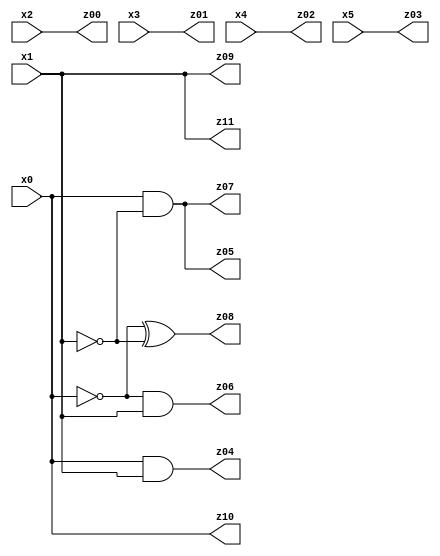
// Benchmark "X_19" written by ABC on Fri Jun 02 03:24:27 2023

module X_69 ( 
    x0, x1, x2, x3, x4, x5,
    z00, z01, z02, z03, z04, z05, z06, z07, z08, z09, z10, z11  );
  input  x0, x1, x2, x3, x4, x5;
  output z00, z01, z02, z03, z04, z05, z06, z07, z08, z09, z10, z11;
  assign z00 = x2;
  assign z01 = x3;
  assign z02 = x4;
  assign z03 = x5;
  assign z04 = x0 & x1;
  assign z05 = x0 & ~x1;
  assign z06 = ~x0 & x1;
  assign z07 = x0 & ~x1;
  assign z08 = ~x0 ^ ~x1;
  assign z09 = x1;
  assign z10 = x0;
  assign z11 = x1;
endmodule